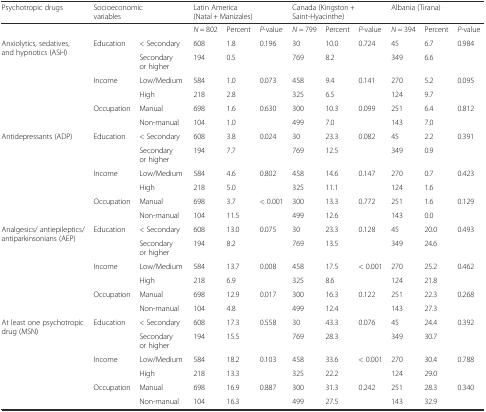
<table><thead><tr><td><b>Psychotropic drugs</b></td><td colspan="2"><b>Socioeconomic variables</b></td><td colspan="3"><b>Latin America (Natal + Manizales)</b></td><td colspan="3"><b>Canada (Kingston + Saint-Hyacinthe)</b></td><td colspan="3"><b>Albania (Tirana)</b></td></tr></thead><tbody><tr><td></td><td></td><td></td><td><i>N</i> = 802</td><td>Percent</td><td><i>P</i>-value</td><td><i>N</i> = 799</td><td>Percent</td><td><i>P</i>-value</td><td><i>N</i> = 394</td><td>Percent</td><td><i>P</i>-value</td></tr><tr><td rowspan="6">Anxiolytics, sedatives, and hypnotics (ASH)</td><td>Education</td><td>&lt; Secondary</td><td>608</td><td>1.8</td><td>0.196</td><td>30</td><td>10.0</td><td>0.724</td><td>45</td><td>6.7</td><td>0.984</td></tr><tr><td></td><td>Secondary or higher</td><td>194</td><td>0.5</td><td></td><td>769</td><td>8.2</td><td></td><td>349</td><td>6.6</td><td></td></tr><tr><td>Income</td><td>Low/Medium</td><td>584</td><td>1.0</td><td>0.073</td><td>458</td><td>9.4</td><td>0.141</td><td>270</td><td>5.2</td><td>0.095</td></tr><tr><td></td><td>High</td><td>218</td><td>2.8</td><td></td><td>325</td><td>6.5</td><td></td><td>124</td><td>9.7</td><td></td></tr><tr><td>Occupation</td><td>Manual</td><td>698</td><td>1.6</td><td>0.630</td><td>300</td><td>10.3</td><td>0.099</td><td>251</td><td>6.4</td><td>0.812</td></tr><tr><td></td><td>Non-manual</td><td>104</td><td>1.0</td><td></td><td>499</td><td>7.0</td><td></td><td>143</td><td>7.0</td><td></td></tr><tr><td rowspan="6">Antidepressants (ADP)</td><td>Education</td><td>&lt; Secondary</td><td>608</td><td>3.8</td><td>0.024</td><td>30</td><td>23.3</td><td>0.082</td><td>45</td><td>2.2</td><td>0.391</td></tr><tr><td></td><td>Secondary or higher</td><td>194</td><td>7.7</td><td></td><td>769</td><td>12.5</td><td></td><td>349</td><td>0.9</td><td></td></tr><tr><td>Income</td><td>Low/Medium</td><td>584</td><td>4.6</td><td>0.802</td><td>458</td><td>14.6</td><td>0.147</td><td>270</td><td>0.7</td><td>0.423</td></tr><tr><td></td><td>High</td><td>218</td><td>5.0</td><td></td><td>325</td><td>11.1</td><td></td><td>124</td><td>1.6</td><td></td></tr><tr><td>Occupation</td><td>Manual</td><td>698</td><td>3.7</td><td>&lt; 0.001</td><td>300</td><td>13.3</td><td>0.772</td><td>251</td><td>1.6</td><td>0.129</td></tr><tr><td></td><td>Non-manual</td><td>104</td><td>11.5</td><td></td><td>499</td><td>12.6</td><td></td><td>143</td><td>0.0</td><td></td></tr><tr><td rowspan="6">Analgesics/ antiepileptics/antiparkinsonians (AEP)</td><td>Education</td><td>&lt; Secondary</td><td>608</td><td>13.0</td><td>0.075</td><td>30</td><td>23.3</td><td>0.128</td><td>45</td><td>20.0</td><td>0.493</td></tr><tr><td></td><td>Secondary or higher</td><td>194</td><td>8.2</td><td></td><td>769</td><td>13.5</td><td></td><td>349</td><td>24.6</td><td></td></tr><tr><td>Income</td><td>Low/Medium</td><td>584</td><td>13.7</td><td>0.008</td><td>458</td><td>17.5</td><td>&lt; 0.001</td><td>270</td><td>25.2</td><td>0.462</td></tr><tr><td></td><td>High</td><td>218</td><td>6.9</td><td></td><td>325</td><td>8.6</td><td></td><td>124</td><td>21.8</td><td></td></tr><tr><td>Occupation</td><td>Manual</td><td>698</td><td>12.9</td><td>0.017</td><td>300</td><td>16.3</td><td>0.122</td><td>251</td><td>22.3</td><td>0.268</td></tr><tr><td></td><td>Non-manual</td><td>104</td><td>4.8</td><td></td><td>499</td><td>12.4</td><td></td><td>143</td><td>27.3</td><td></td></tr><tr><td rowspan="6">At least one psychotropic drug (MSN)</td><td>Education</td><td>&lt; Secondary</td><td>608</td><td>17.3</td><td>0.558</td><td>30</td><td>43.3</td><td>0.076</td><td>45</td><td>24.4</td><td>0.392</td></tr><tr><td></td><td>Secondary or higher</td><td>194</td><td>15.5</td><td></td><td>769</td><td>28.3</td><td></td><td>349</td><td>30.7</td><td></td></tr><tr><td>Income</td><td>Low/Medium</td><td>584</td><td>18.2</td><td>0.103</td><td>458</td><td>33.6</td><td>&lt; 0.001</td><td>270</td><td>30.4</td><td>0.788</td></tr><tr><td></td><td>High</td><td>218</td><td>13.3</td><td></td><td>325</td><td>22.2</td><td></td><td>124</td><td>29.0</td><td></td></tr><tr><td>Occupation</td><td>Manual</td><td>698</td><td>16.9</td><td>0.887</td><td>300</td><td>31.3</td><td>0.242</td><td>251</td><td>28.3</td><td>0.340</td></tr><tr><td></td><td>Non-manual</td><td>104</td><td>16.3</td><td></td><td>499</td><td>27.5</td><td></td><td>143</td><td>32.9</td><td></td></tr></tbody></table>